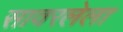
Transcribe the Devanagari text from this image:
सावरलेला